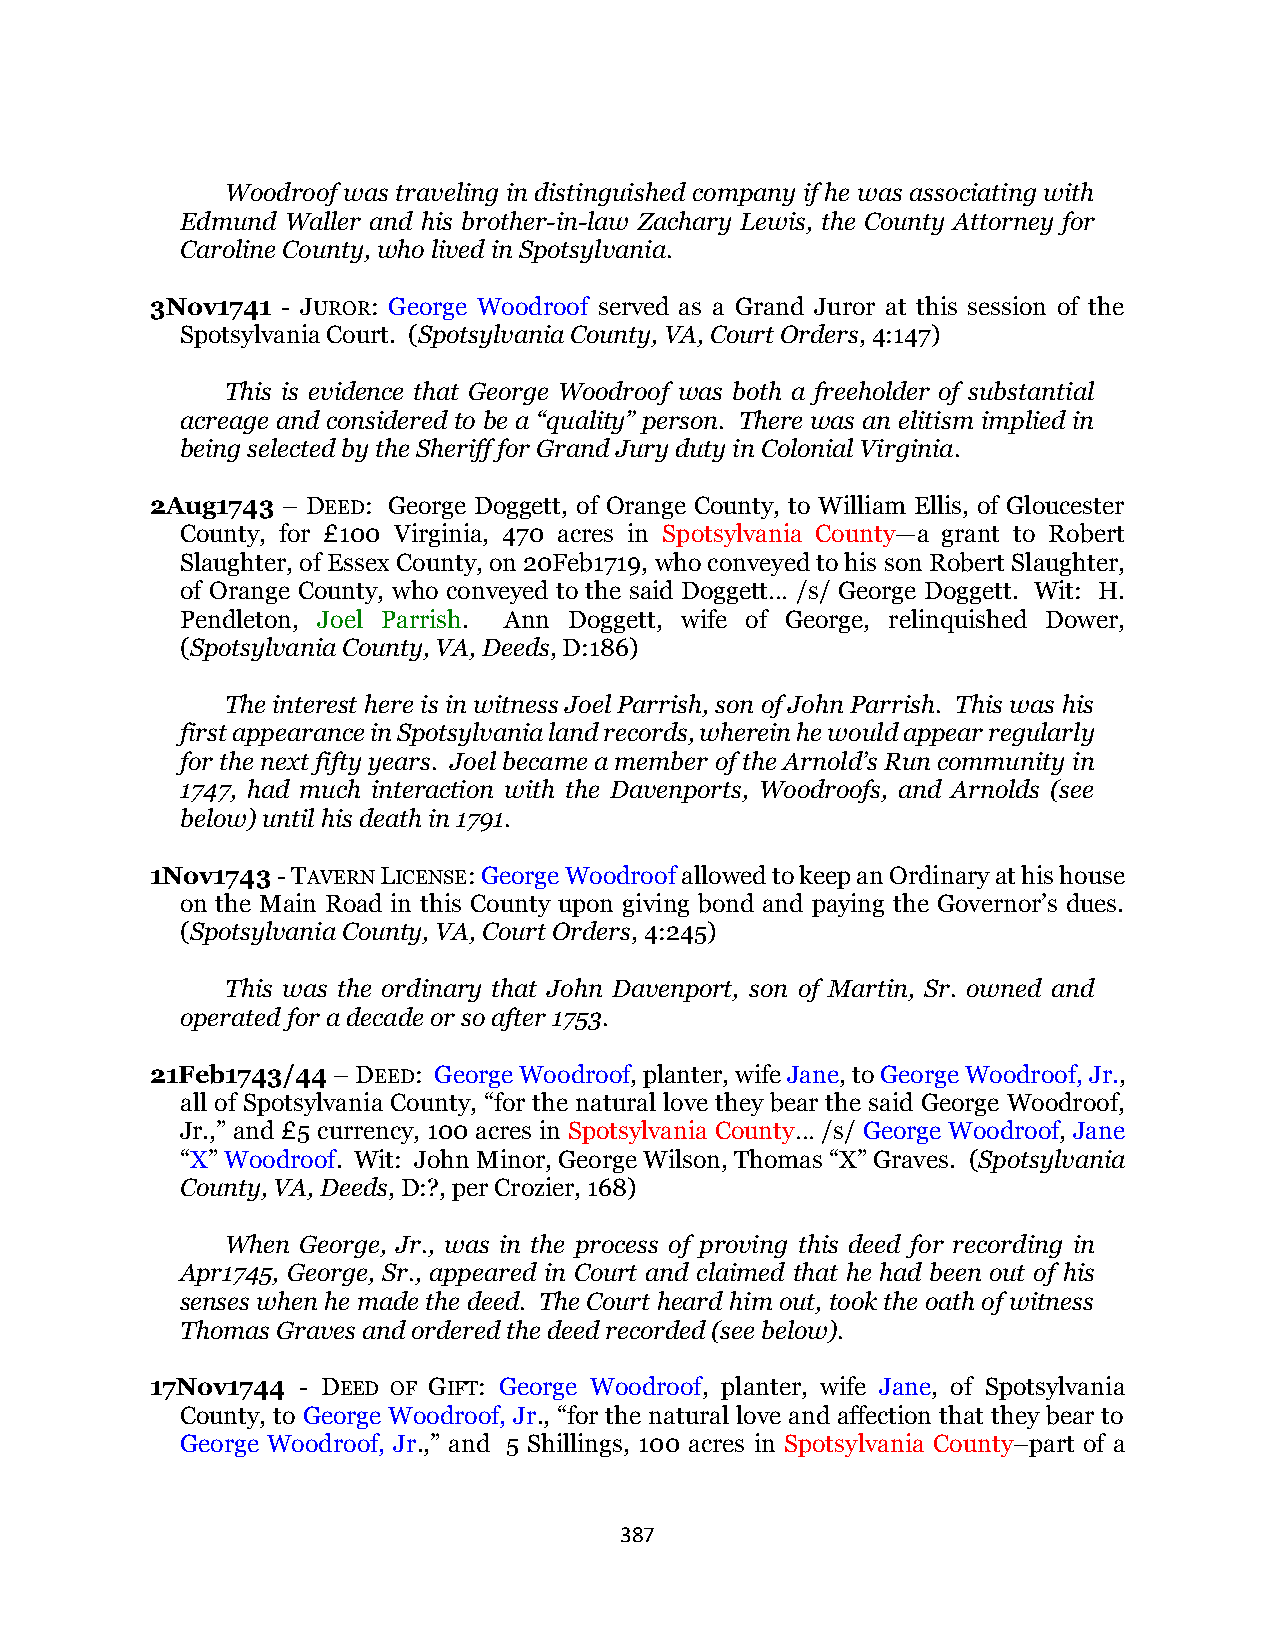
Woodroof was traveling in distinguished company if he was associating with
 Edmund Waller and his brother-in-law Zachary Lewis, the County Attorney for
 Caroline County, who lived in Spotsylvania.
 3Nov1741 - JUROR: George Woodroof served as a Grand Juror at this session of the
 Spotsylvania Court. (Spotsylvania County, VA, Court Orders, 4:147)
 This is evidence that George Woodroof was both a freeholder of substantial
 acreage and considered to be a “quality” person. There was an elitism implied in
 being selected by the Sheriff for Grand Jury duty in Colonial Virginia.
 2Aug1743 – DEED: George Doggett, of Orange County, to William Ellis, of Gloucester
 County, for £100 Virginia, 470 acres in Spotsylvania County—a grant to Robert
 Slaughter, of Essex County, on 20Feb1719, who conveyed to his son Robert Slaughter,
 of Orange County, who conveyed to the said Doggett… /s/ George Doggett. Wit: H.
 Pendleton, Joel Parrish. Ann Doggett, wife of George, relinquished Dower,
 (Spotsylvania County, VA, Deeds, D:186)
 The interest here is in witness Joel Parrish, son of John Parrish. This was his
 first appearance in Spotsylvania land records, wherein he would appear regularly
 for the next fifty years. Joel became a member of the Arnold’s Run community in
 1747, had much interaction with the Davenports, Woodroofs, and Arnolds (see
 below) until his death in 1791.
 1Nov1743 - TAVERN LICENSE: George Woodroof allowed to keep an Ordinary at his house
 on the Main Road in this County upon giving bond and paying the Governor’s dues.
 (Spotsylvania County, VA, Court Orders, 4:245)
 This was the ordinary that John Davenport, son of Martin, Sr. owned and
 operated for a decade or so after 1753.
 21Feb1743/44 – DEED: George Woodroof, planter, wife Jane, to George Woodroof, Jr.,
 all of Spotsylvania County, “for the natural love they bear the said George Woodroof,
 Jr.,” and £5 currency, 100 acres in Spotsylvania County… /s/ George Woodroof, Jane
 “X” Woodroof. Wit: John Minor, George Wilson, Thomas “X” Graves. (Spotsylvania
 County, VA, Deeds, D:?, per Crozier, 168)
 When George, Jr., was in the process of proving this deed for recording in
 Apr1745, George, Sr., appeared in Court and claimed that he had been out of his
 senses when he made the deed. The Court heard him out, took the oath of witness
 Thomas Graves and ordered the deed recorded (see below).
 17Nov1744 - DEED OF GIFT: George Woodroof, planter, wife Jane, of Spotsylvania
 County, to George Woodroof, Jr., “for the natural love and affection that they bear to
 George Woodroof, Jr.,” and 5 Shillings, 100 acres in Spotsylvania County–part of a
 387